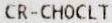
CR-CHOCLT